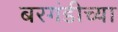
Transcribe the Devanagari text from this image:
बरगंडीच्या